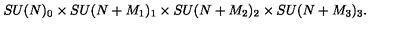
S U ( N ) _ { 0 } \times S U ( N + M _ { 1 } ) _ { 1 } \times S U ( N + M _ { 2 } ) _ { 2 } \times S U ( N + M _ { 3 } ) _ { 3 } .